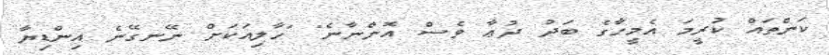
ކަންތައް ކުރީމަ އެމީހާގެ ބަދު ދުޢާ ވެސް އޮންނާނެ" "ހާލިއަކަށް ނޭނގޭނެ އިންޑިޔާ